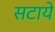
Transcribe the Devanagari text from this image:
सटाये